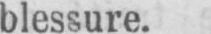
blessure.